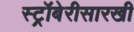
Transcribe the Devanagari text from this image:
स्ट्रॉबेरीसारखी